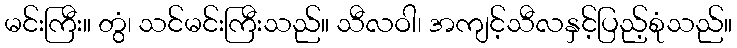
မင်းကြီး။ တွံ၊ သင်မင်းကြီးသည်။ သီလဝါ၊ အကျင့်သီလနှင့်ပြည့်စုံသည်။